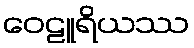
ဝေဠူရိယဿ